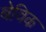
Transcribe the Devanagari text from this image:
बेविक